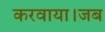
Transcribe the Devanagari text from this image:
करवाया।जब